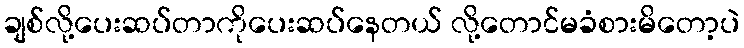
ချစ်လို့ပေးဆပ်တာကိုပေးဆပ်နေတယ် လို့တောင်မခံစားမိတော့ပဲ